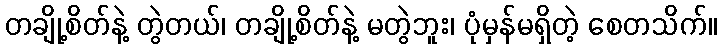
တချို့စိတ်နဲ့ တွဲတယ်၊ တချို့စိတ်နဲ့ မတွဲဘူး၊ ပုံမှန်မရှိတဲ့ စေတသိက်။